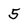
Character: 5